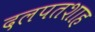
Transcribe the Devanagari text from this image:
दलपतशाह